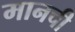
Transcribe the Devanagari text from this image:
मानची